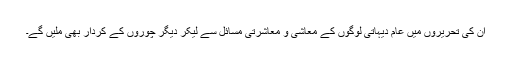
ان کی تحریروں میں عام دیہاتی لوگوں کے معاشی و معاشرتی مسائل سے لیکر دیگر چوروں کے کردار بھی ملیں گے۔